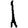
Digit: 1